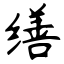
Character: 缮